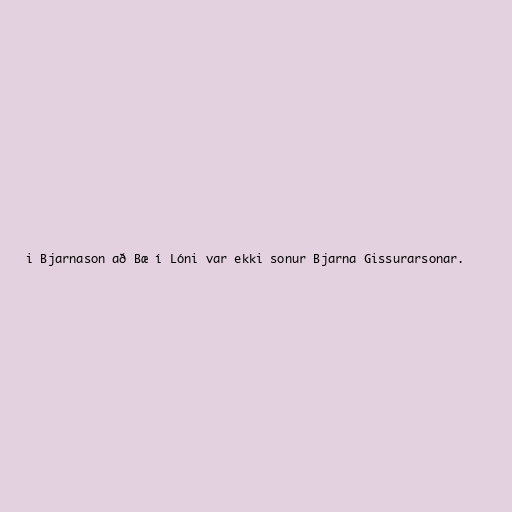
i Bjarnason að Bæ í Lóni var ekki sonur Bjarna Gissurarsonar.